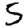
Digit: 5